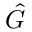
\hat { G }